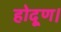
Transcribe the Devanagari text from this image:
होदूण।